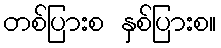
တစ်ပြားစ နှစ်ပြားစ။